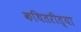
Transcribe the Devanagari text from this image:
कथितरीत्या